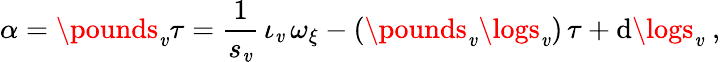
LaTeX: \alpha=\pounds_{\mathit{v}}\tau=\frac{{1}}{{s_{\mathit{v}}}}\, \iota_{\mathit{v}}\, \omega_{\xi}-(\pounds_{\mathit{v}}\logs_{\mathit{v}})\, \tau+\mathrm{{d}}\logs_{\mathit{v}}\ ,